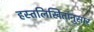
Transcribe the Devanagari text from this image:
हस्तलिखितांनुसार